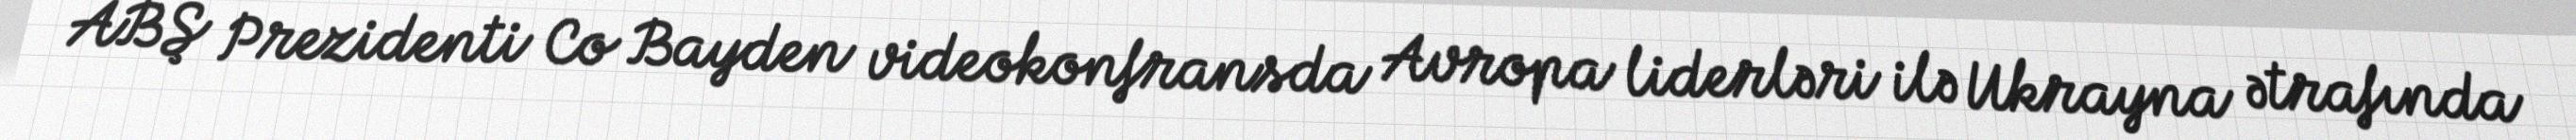
ABŞ Prezidenti Co Bayden videokonfransda Avropa liderləri ilə Ukrayna ətrafında